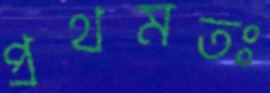
প্রথমতঃ